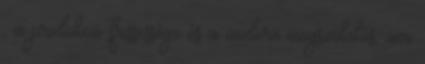
, a produkció frissessége és a modern megszólalás, ami